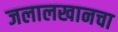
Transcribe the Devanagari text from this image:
जलालखानचा